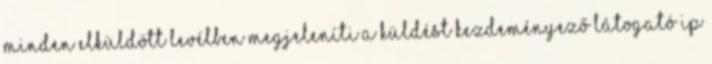
minden elküldött levélben megjeleníti a küldést kezdeményező látogató IP